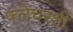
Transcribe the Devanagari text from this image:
फ्लेचरशी